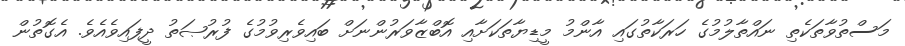
މަސްތުވާތަކެތި ނައްތާލުމުގެ ހަރަކާތުގައި އާންމު މީޑިޔާތަކަށާއި އޮބްޒާވަރުންނަށް ބައިވެރިވުމުގެ ފުރުޞަތު ދީފައިވެއެވެ. އެގޮތުން